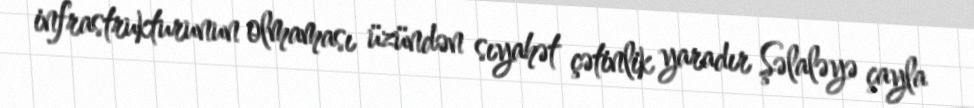
infrastrukturunun olmaması üzündən sıyahət çətinlik yaradır Şəlaləyə çayla